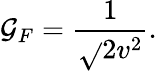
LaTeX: \mathcal{G}_{F}=\frac{{1}}{{\sqrt{}{{2}}v^{2}}}.